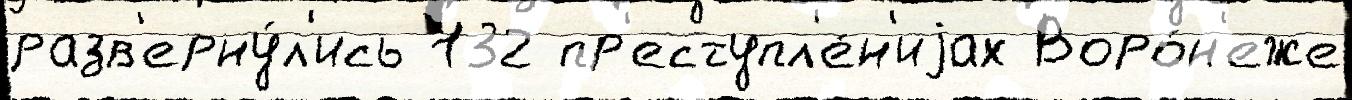
разв'ерну́л'ись 132 пр'еступл'е́н'иjах Воро́н'еже